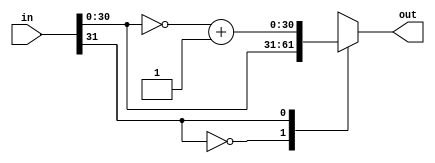
module twoscom(out, in);
parameter n = 32;

input [n-1:0] in;
output reg [n-2:0] out;

always @(in)
case (in[n-1])
	1'b0: out = in[n-2:0];
	1'b1: out = ~in[n-2:0]+1'b1;
endcase

endmodule